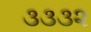
૩૩૩૨